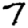
Digit: 7